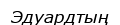
Эдуардтың